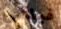
فيلمي